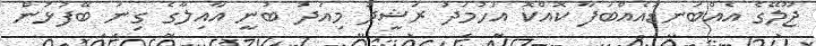
ޖޫލޭގެ އެއްބަނޑުއެއްބަފާ ކޮއްކޮ އަހުމަދު ރަޝީދު މިއަދު ބުނީ އާއިލާގެ ގިނަ ބޭފުޅުން